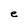
Character: e